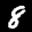
Label: 8